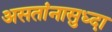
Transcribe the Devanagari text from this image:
असतांनासुध्दा